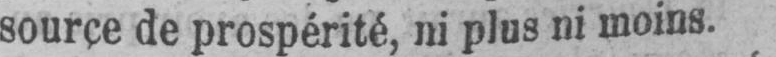
source de prospérité, ni plus ni moins.